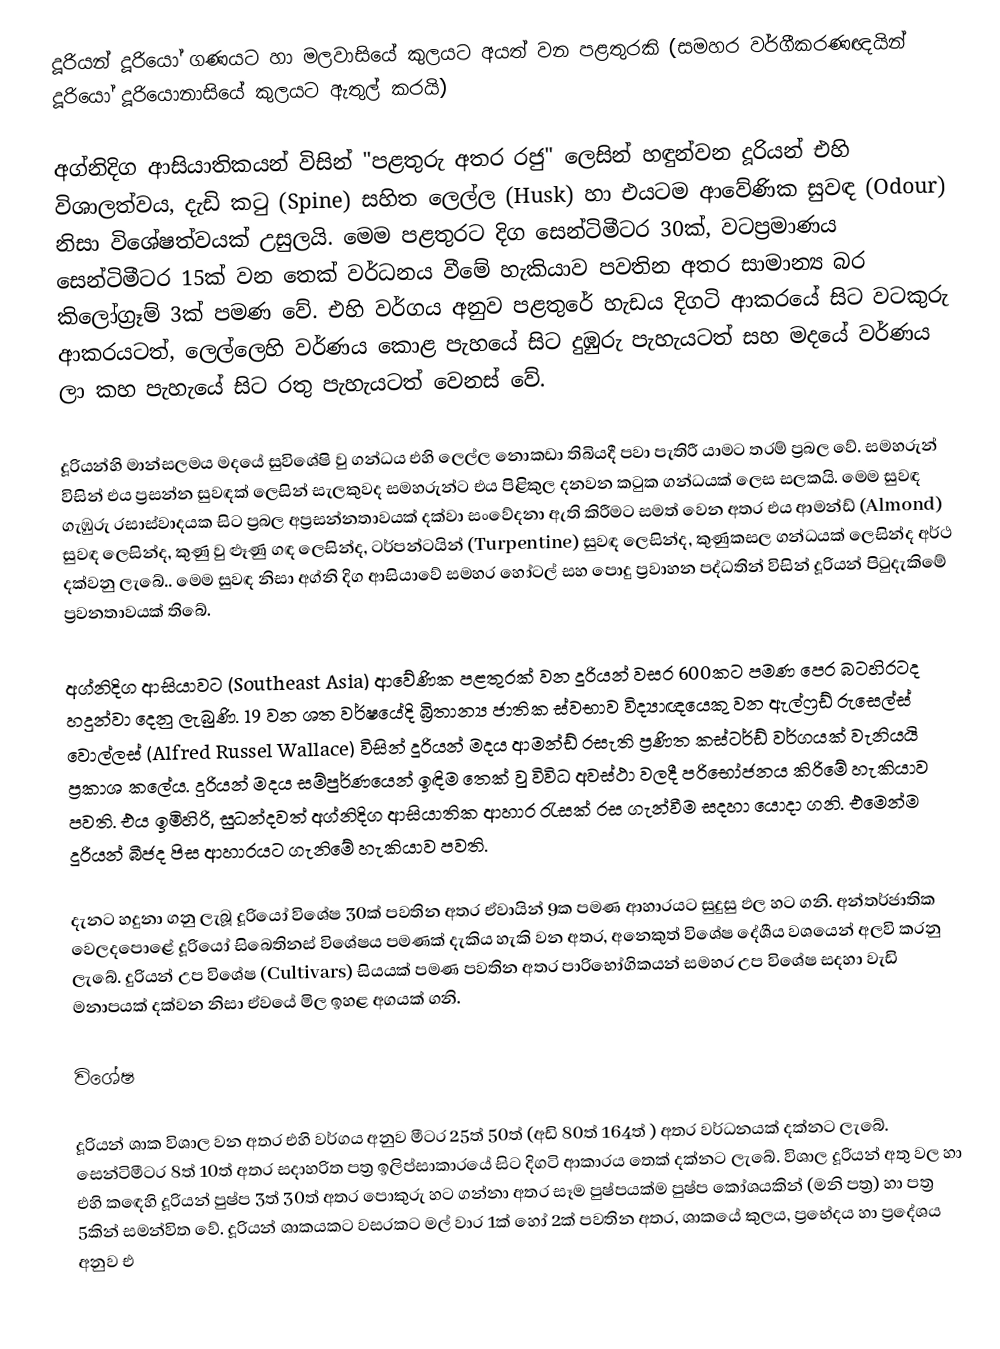
දූරියන් දූරියෝ ගණ​යට හා මලවාසියේ කුලයට අයත් වන පළ​තුරකි (සමහර වර්ගීකරණඥයින් දූරියෝ දූරියොනාසියේ කුලයට ඇතුල් කරයි)

අග්නිදිග​ ආසියාතිකයන්  විසින් "පළතුරු අතර රජු" ලෙසින් හඳුන්වන දූරියන් එහි විශාලත්වය, දැඩි කටු (Spine) සහිත ලෙල්ල (Husk) හා එයටම ආවේණික සුවඳ (Odour) නිසා විශේෂත්වයක් උසුලයි. මෙම පළතුරට දිග සෙන්ටිමීටර 30ක්, වටප්‍රමාණය සෙන්ටිමීටර 15ක් වන තෙක් වර්ධනය වීමේ හැකියාව පවතින අතර සාමාන්‍ය බර කිලෝග්‍රෑම් 3ක් පමණ වේ. එහි වර්ගය අනුව පළතුරේ හැඩය දිගටි ආකරයේ සිට වටකුරු ආකරයටත්, ලෙල්ලෙහි වර්ණය කොළ පැහයේ සිට දුඹුරු පැහැයටත් සහ මදයේ වර්ණය ලා කහ පැහැයේ සිට රතු පැහැයටත් වෙනස් වේ.

දූරියන්හි මාන්සලමය මදයේ සුවිශේෂි වු ගන්ධය එහි ලෙල්ල නොකඩා තිබියදී පවා පැතිරී යාමට තරම් ප්‍රබල වේ.  සමහරුන් විසින් එය ප්‍රසන්න සුවඳක් ලෙසින් සැලකුවද සමහරුන්ට එය පිළිකුල දනවන කටුක ගන්ධයක් ලෙස සලකයි.  මෙම සුවඳ ගැඹුරු රසාස්වාදයක සිට ප්‍රබල අප්‍රසන්නතාවයක් දක්වා සංවේදනා ඇති කිරීමට සමත් වෙන අතර එය ආමන්ඩ් (Almond) සුවඳ ලෙසින්ද, කුණු වු ළූණු ගඳ ලෙසින්ද, ටර්පන්ටයින් (Turpentine) සුවඳ ලෙසින්ද, කුණුකසල ගන්ධයක් ලෙසින්ද අර්ථ දක්වනු ලැබේ.. මෙම සුවඳ නිසා අග්නි දිග ආසියාවේ සමහර හෝටල් සහ පොදු ප්‍රවාහන පද්ධතින් විසින් දූරියන් පිටුදැකිමේ ප්‍රවනතාවයක් තිබේ.

අග්නිදිග ආසියාවට (Southeast Asia) ආවේණික පළතුරක් වන දූරියන් වසර 600කට පමණ පෙර  බටහිරටද හදුන්වා දෙනු ලැබුණි. 19 වන ශත වර්ෂයේදි  බ්‍රිතාන්‍ය ජාතික ස්වභාව විද්‍යාඥයෙකු වන ඇල්ෆ්‍රඩ් රුසෙල්ස් වොල්ලස් (Alfred Russel Wallace) විසින් දූරියන් මදය ආමන්ඩ් රසැති ප්‍රණිත කස්ටර්ඩ් වර්ගයක් වැනියයි ප්‍රකාශ කලේය. දුරියන් මදය සම්පුර්ණයෙන් ඉඳිම තෙක් වු විවිධ අවස්ථා වලදී පරිභෝජනය කිරිමේ හැකියාව පවති. එය ඉමිහිරි, සුධන්දවත් අග්නිදිග ආසියාතික ආහාර රැසක් රස ගැන්වීම සදහා යොදා ගනි. එමෙන්ම දූරියන් බීජද පිස ආහාරයට ගැනිමේ හැකියාව පවති.

දැනට හදුනා ගනු ලැබූ දූරියෝ විශේෂ 30ක් පවතින අතර ඒවායින් 9ක පමණ ආහාරයට සුදුසු ඵල හට ගනි. අන්තර්ජාතික වෙලදපොළේ දූරියෝ සිබෙතිනස් විශේෂය පමණක් දැකිය හැකි වන අතර, අනෙකුත් විශේෂ දේශීය වශයෙන් අලවි කරනු ලැබේ. දුරියන් උප විශේෂ (Cultivars) සියයක් පමණ පවතින අතර පාරිභෝගිකයන් සමහර උප විශේෂ සදහා වැඩි මනාපයක් දක්වන නිසා ඒවයේ මිල ඉහළ අගයක් ගනි.

විශේෂ

දූරියන් ශාක විශාල වන අතර එහි වර්ගය අනුව මීටර 25ත් 50ත් (අඩි 80ත් 164ත් ) අතර වර්ධනයක් දක්නට ලැබේ. සෙන්ටිමීටර 8ත් 10ත් අතර සදාහරිත පත්‍ර ඉලිප්සාකාරයේ සිට දිගටි ආකාරය තෙක් දක්නට ලැබේ. විශාල දූරියන් අතු වල හා එහි කඳෙහි දූරියන් පුෂ්ප 3ත් 30ත් අතර පොකුරු හට ගන්නා අතර සෑම පුෂ්පයක්ම පුෂ්ප කෝශයකින් (මනි පත්‍ර) හා පත්‍ර 5කින් සමන්විත වේ. දූරියන් ශාකයකට වසරකට මල් වාර 1ක් හෝ 2ක් පවතින අතර, ශාකයේ කුලය, ප්‍රභේදය හා ප්‍රදේශය අනුව එ